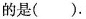
的是().